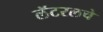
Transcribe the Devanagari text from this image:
लॅटरलचे